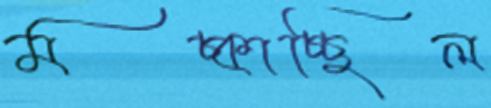
মচ্‌কাচ্ছিল